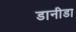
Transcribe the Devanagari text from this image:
डानीडा